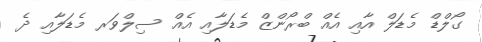
ގޯލްޑް މެޑަލް އާއި އެއް ބްރޯންޒް މެޑަލާއި އެއް ސިލްވަރ މެޑަލާއި ދެ